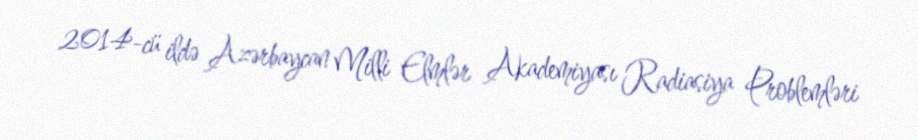
2014-cü ildə Azərbaycan Milli Elmlər Akademiyası Radiasiya Problemləri